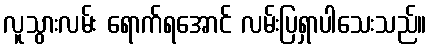
လူသွားလမ်း ရောက်ရအောင် လမ်းပြရှာပါသေးသည်။